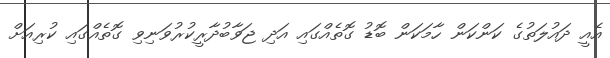
އެއީ ދައުލަތުގެ ކަންކަން ހާމަކަން ބޮޑު ގޮތެއްގައި އަދި ޖަވާބުދާރީކުރުވަނިވި ގޮތެއްގައި ކުރިއަށް